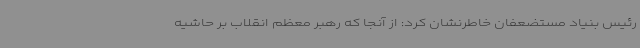
رئیس بنیاد مستضعفان خاطرنشان کرد: از آنجا که رهبر معظم انقلاب بر حاشیه